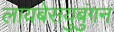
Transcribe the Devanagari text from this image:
लायबेसयुबुंगन